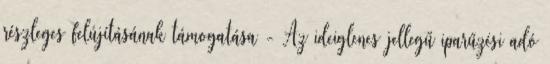
részleges felújításának támogatása - Az ideiglenes jellegű iparűzési adó